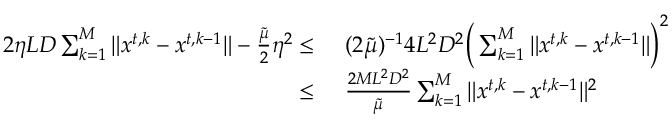
\begin{array} { r l } { 2 \eta L D \sum _ { k = 1 } ^ { M } \| { x } ^ { t , k } - { x } ^ { t , k - 1 } \| - \frac { \widetilde \mu } { 2 } \eta ^ { 2 } \le \ } & { ( 2 \widetilde \mu ) ^ { - 1 } 4 L ^ { 2 } D ^ { 2 } \Big ( \sum _ { k = 1 } ^ { M } \| { x } ^ { t , k } - { x } ^ { t , k - 1 } \| \Big ) ^ { 2 } } \\ { \le \ } & { \frac { 2 M L ^ { 2 } D ^ { 2 } } { \widetilde \mu } \sum _ { k = 1 } ^ { M } \| { x } ^ { t , k } - { x } ^ { t , k - 1 } \| ^ { 2 } } \end{array}